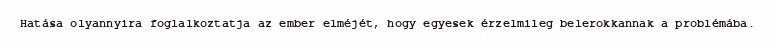
Hatása olyannyira foglalkoztatja az ember elméjét, hogy egyesek érzelmileg belerokkannak a problémába.